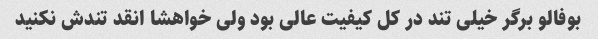
بوفالو برگر خیلی تند در کل کیفیت عالی بود ولی خواهشا انقد تندش نکنید